Civil Veterinary Department. Madras. Admin. report 1910-25 - 1910-1925
Year: 1910
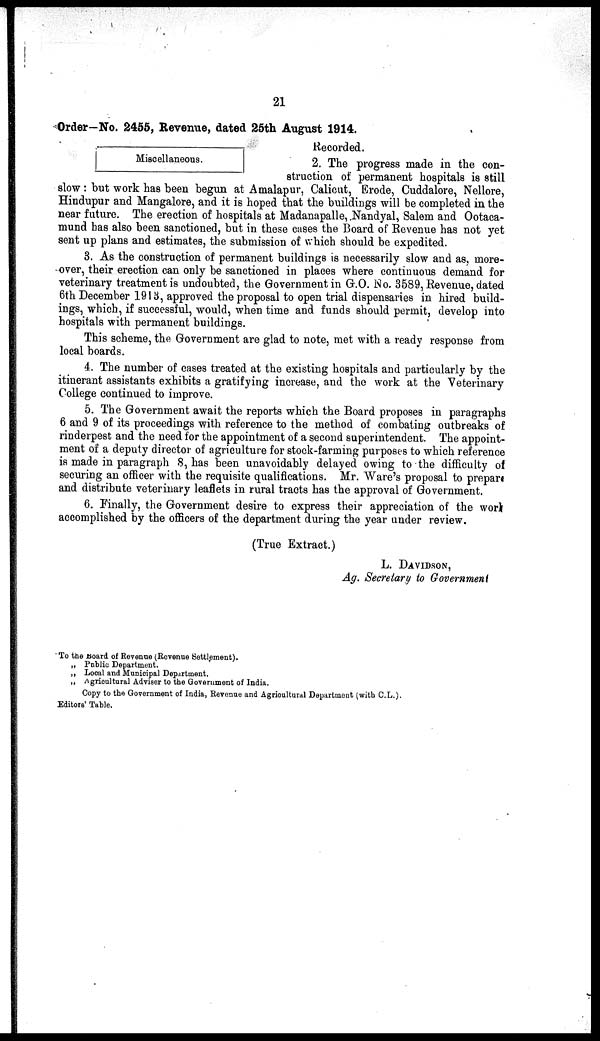
21
Order—No. 2455, Revenue, dated 25th August 1914.
Miscellaneous.
Recorded.
2. The progress made in the con-
struction of permanent hospitals is still
slow: but work has been begun at Amalapur, Calicut, Erode, Cuddalore, Nellore,
Hindupur and Mangalore, and it is hoped that the buildings will be completed in the
near future. The erection of hospitals at Madanapalle, Nandyal, Salem and Ootaca-
mund has also been sanctioned, but in these cases the Board of Revenue has not yet
sent up plans and estimates, the submission of which should be expedited.
3. As the construction of permanent buildings is necessarily slow and as, more-
over, their erection can only be sanctioned in places where continuous demand for
veterinary treatment is undoubted, the Government in G.O. No. 3589, Revenue, dated
6th December 1913, approved the proposal to open trial dispensaries in hired build-
ings, which, if successful, would, when time and funds should permit, develop into
hospitals with permanent buildings.
This scheme, the Government are glad to note, met with a ready response from
local boards.
4. The number of cases treated at the existing hospitals and particularly by the
itinerant assistants exhibits a gratifying increase, and the work at the Veterinary
College continued to improve.
5. The Government await the reports which the Board proposes in paragraphs
6 and 9 of its proceedings with reference to the method of combating outbreaks of
rinderpest and the need for the appointment of a second superintendent. The appoint-
ment of a deputy director of agriculture for stock-farming purposes to which reference
is made in paragraph 8, has been unavoidably delayed owing to the difficulty of
securing an officer with the requisite qualifications. Mr. Ware's proposal to prepare
and distribute veterinary leaflets in rural tracts has the approval of Government.
6. Finally, the Government desire to express their appreciation of the work
accomplished by the officers of the department during the year under review.
(True Extract.)
L. DAVIDSON,
Ag. Secretary to Government
To the Board of Revenue (Revenue Settlement).
„ Public Department.
„ Local and Municipal Department.
„ Agricultural Adviser to the Government of India.
Copy to the Government of India, Revenue and Agricultural Department (with C.L.).
Editors' Table.